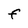
Character: F